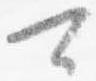
可